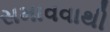
સમાવવાથી